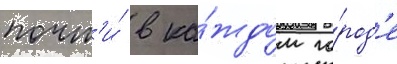
почт'и́ в ка́ждом го́род'е